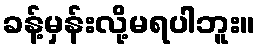
ခန့်မှန်းလို့မရပါဘူး။